Report of the Indian Hemp Drugs Commission, 1894-1895 - Volume I
Year: 1894
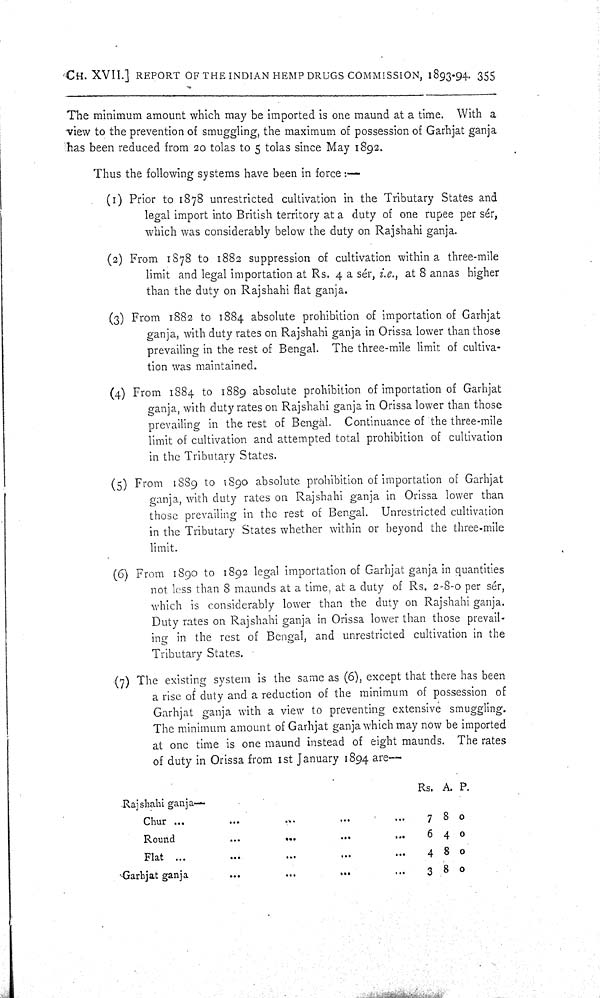
CH. XVII.] REPORT OF THE INDIAN HEMP DRUGS COMMISSION, 1893-94. 355
The minimum amount which may be imported is one maund at a time. With a
view to the prevention of smuggling, the maximum of possession of Garhjat ganja
has been reduced from 20 tolas to 5 tolas since May 1892.
Thus the following systems have been in force:—
(1) Prior to 1878 unrestricted cultivation in the Tributary States and
legal import into British territory at a duty of one rupee per sér,
which was considerably below the duty on Rajshahi ganja.
(2) From 1878 to 1882 suppression of cultivation within a three-mile
limit and legal importation at Rs. 4 a sér, i.e., at 8 annas higher
than the duty on Rajshahi flat ganja.
(3) From 1882 to 1884 absolute prohibition of importation of Garhjat
ganja, with duty rates on Rajshahi ganja in Orissa lower than those
prevailing in the rest of Bengal. The three-mile limit of cultiva-
tion was maintained.
(4) From 1884 to 1889 absolute prohibition of importation of Garhjat
ganja, with duty rates on Rajshahi ganja in Orissa lower than those
prevailing in the rest of Bengal. Continuance of the three-mile
limit of cultivation and attempted total prohibition of cultivation
in the Tributary States.
(5) From 1889 to 1890 absolute prohibition of importation of Garhjat
ganja, with duty rates on Rajshahi ganja in Orissa lower than
those prevailing in the rest of Bengal. Unrestricted cultivation
in the Tributary States whether within or beyond the three-mile
limit.
(6) From 1890 to 1892 legal importation of Garhjat ganja in quantities
not less than 8 maunds at a time, at a duty of Rs. 2-8-0 per sér,
which is considerably lower than the duty on Rajshahi ganja.
Duty rates on Rajshahi ganja in Orissa lower than those prevail-
ing in the rest of Bengal, and unrestricted cultivation in the
Tributary States.
(7) The existing system is the same as (6), except that there has been
a rise of duty and a reduction of the minimum of possession of
Garhjat ganja with a view to preventing extensive smuggling.
The minimum amount of Garhjat ganja which may now be imported
at one time is one maund instead of eight maunds. The rates
of duty in Orissa from 1st January 1894 are—
Rs. A. P.
Rajshahi ganja—
Chur
7 8 0
Round
6 4 0
Flat
4 8 0
Garhjat ganja
3 8 0